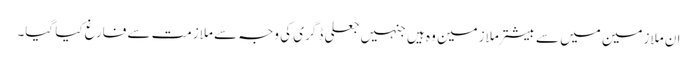
ان ملازمین میں سے بیشتر ملازمین وہ ہیں جنہیں جعلی ڈگری کی وجہ سے ملازمت سے فارغ کیا گیا۔